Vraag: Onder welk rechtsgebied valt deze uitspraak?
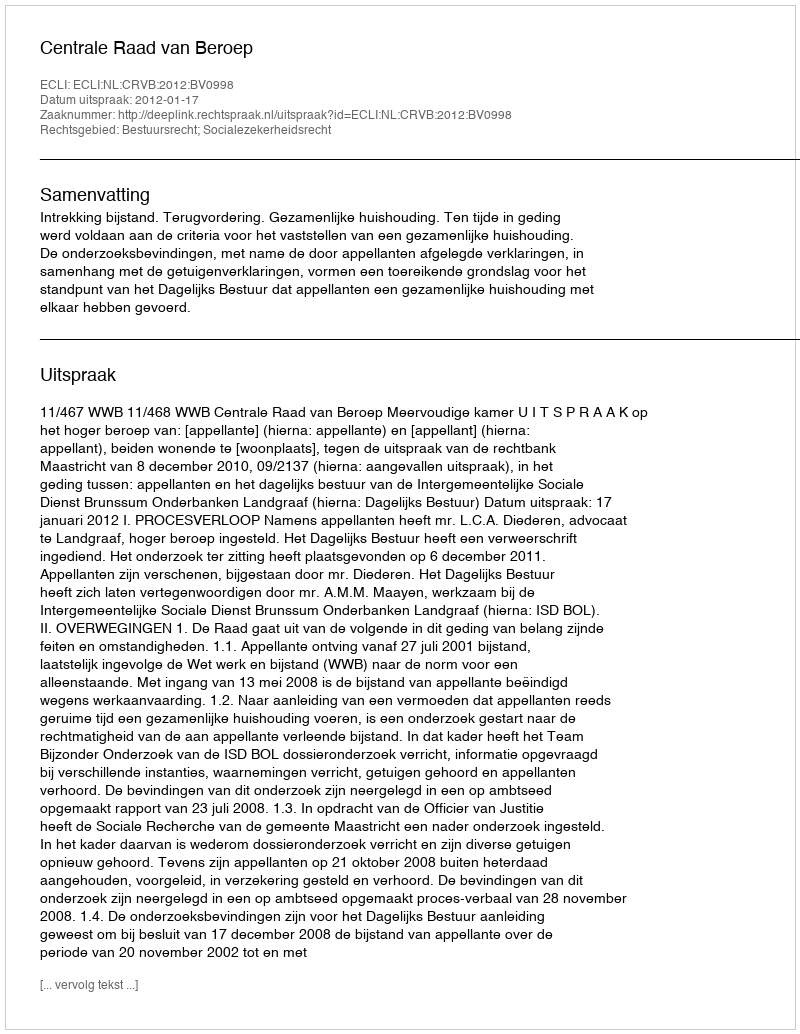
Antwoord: Bestuursrecht; Socialezekerheidsrecht